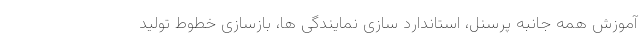
آموزش همه جانبه پرسنل، استاندارد سازی نمایندگی ها، بازسازی خطوط تولید